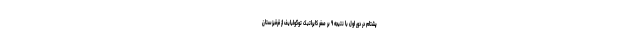
پشتام در دور اول با نتیجه ۹ بر صفر کایراتبک توگولبایف از قرقیزستان